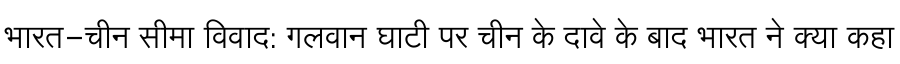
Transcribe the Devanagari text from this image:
भारत-चीन सीमा विवाद: गलवान घाटी पर चीन के दावे के बाद भारत ने क्या कहा